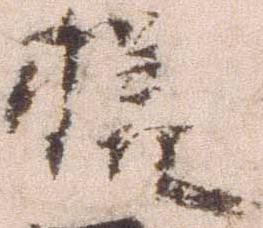
様